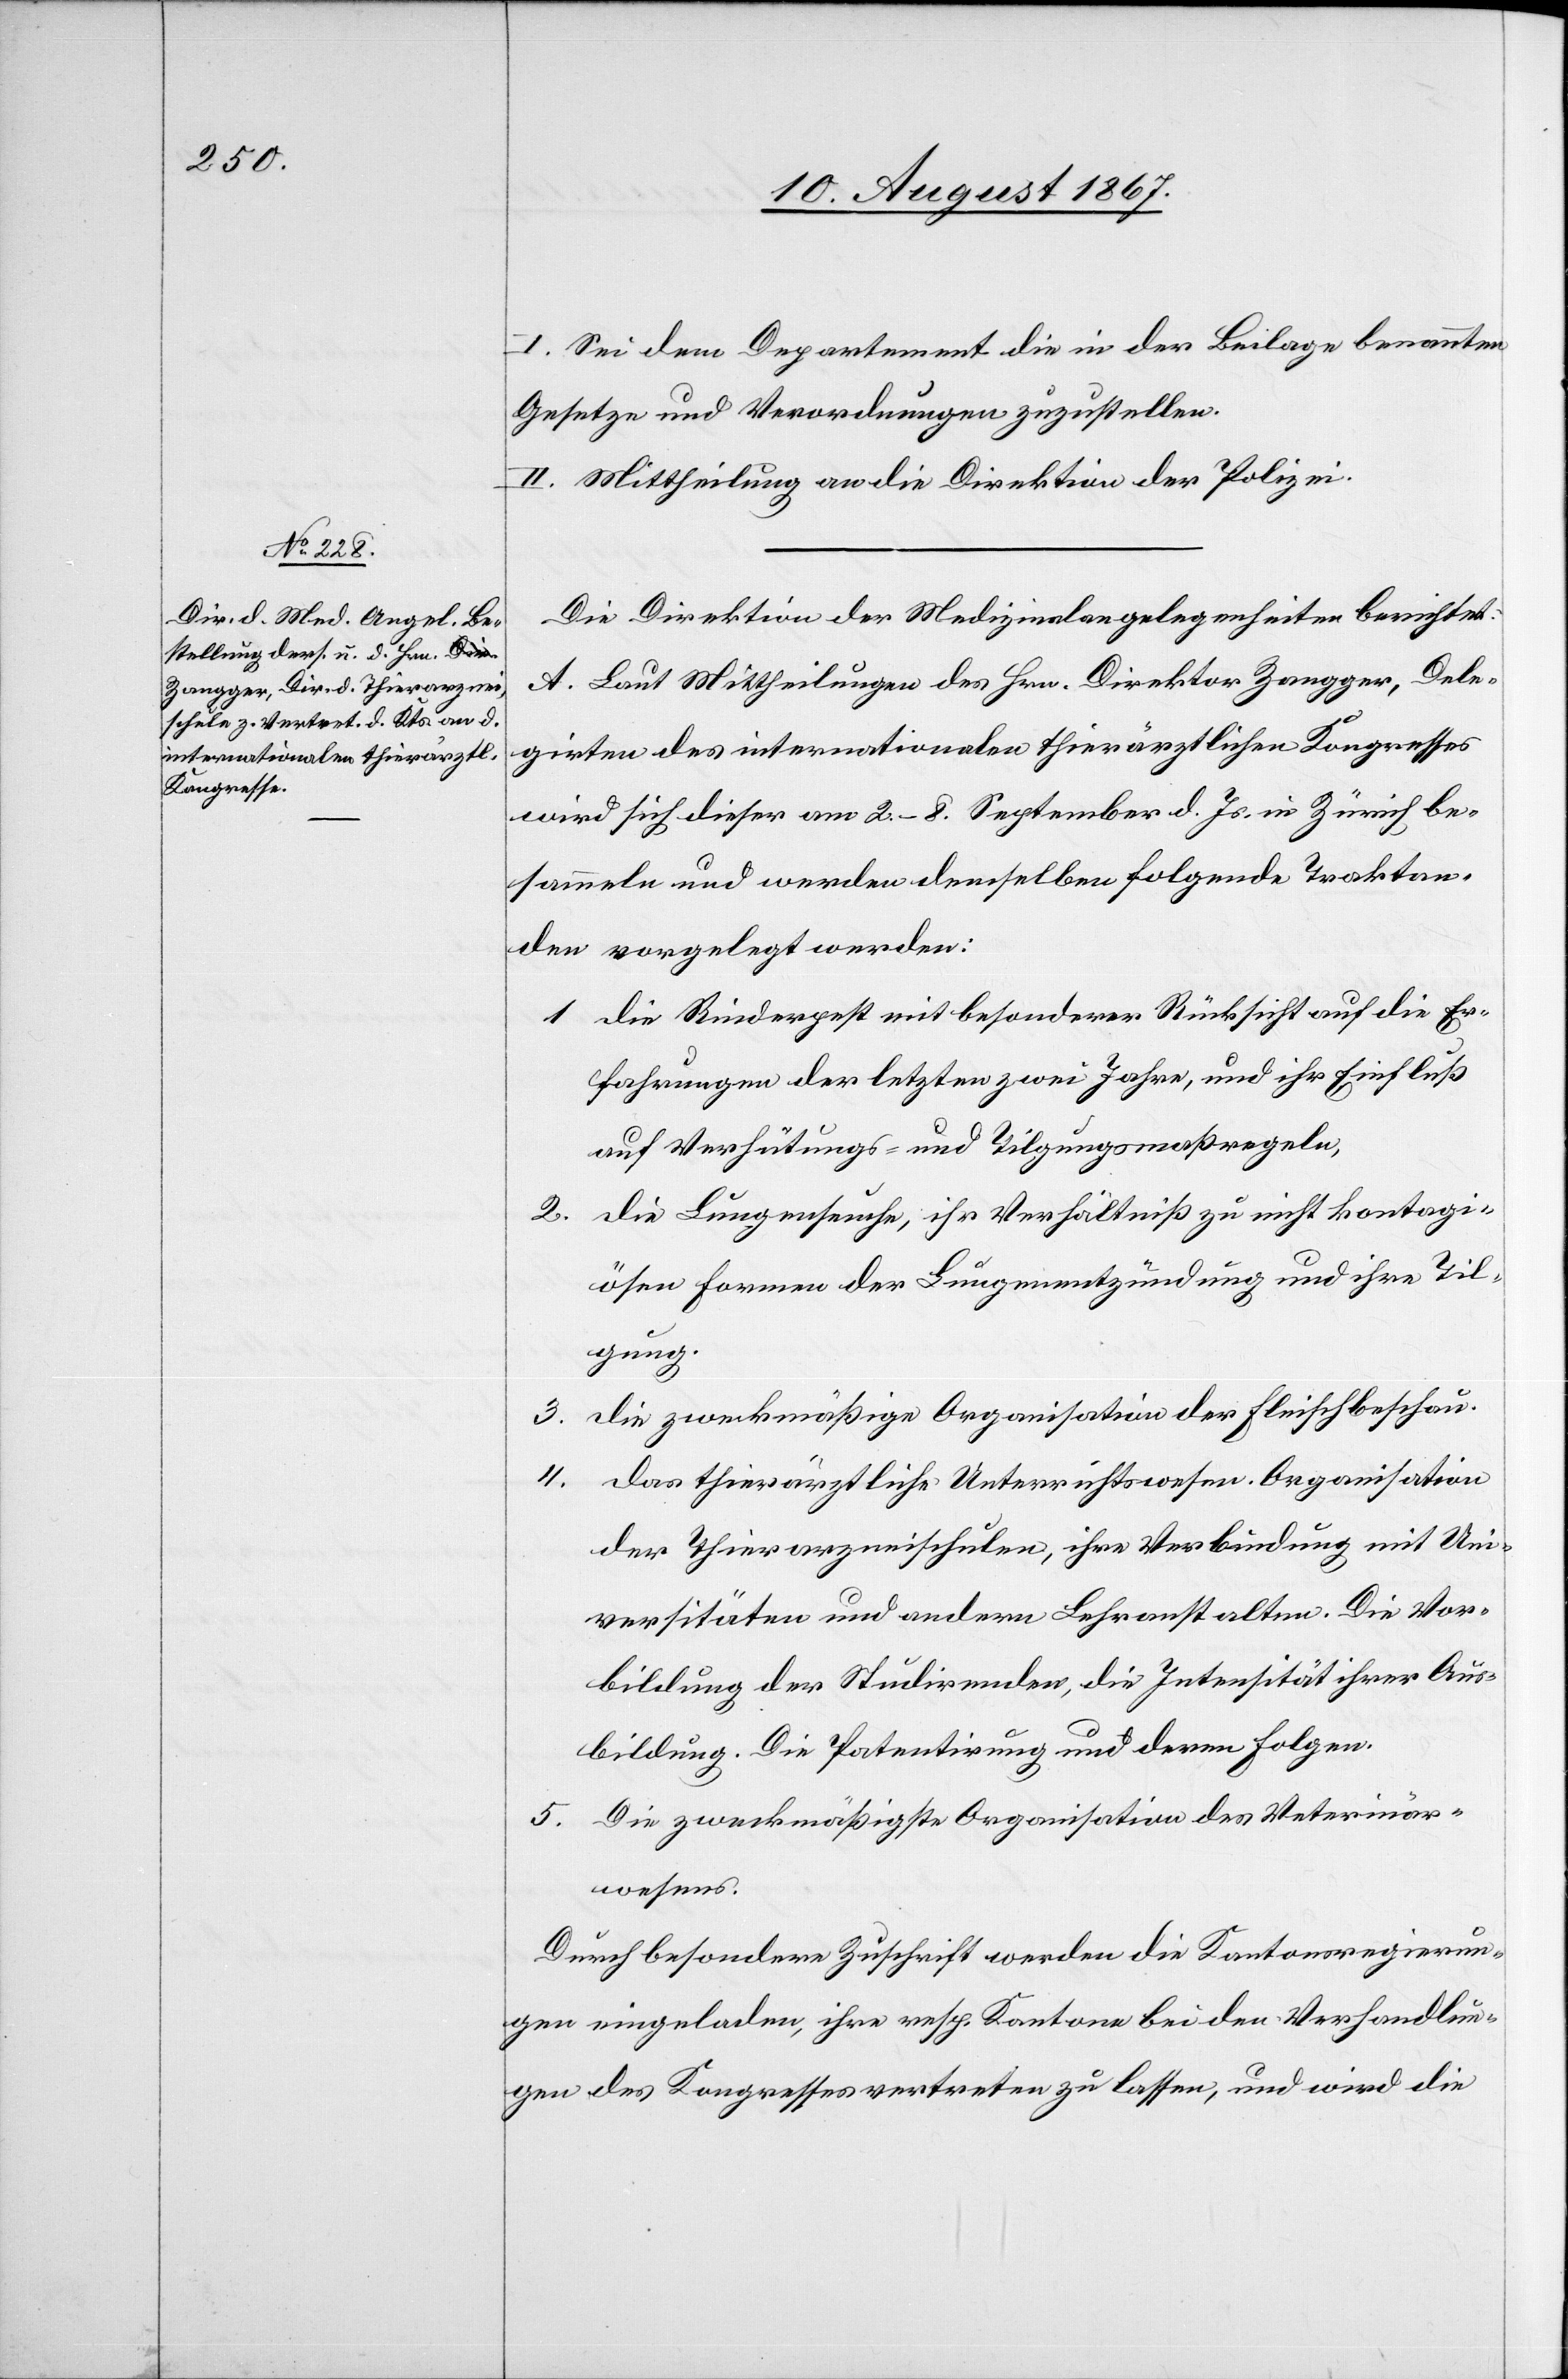
I. Sei[en] dem Departement die in der Beilage benannten
Gesetze und Verordnungen zuzustellen.
II. Mittheilung an die Direktion der Polizei.
Die Direktion der Medizinalangelegenheiten berichtet:
A. Laut Mittheilungen des Hrn. Direktor Zangger, Dele¬
girten des internationalen thierärztlichen Kongresses
wird sich dieser am 2.–8. September d. Js. in Zürich be¬
sammeln und werden demselben folgende Traktan¬
den vorgelegt werden:
1. die Rinderpest mit besonderer Rücksicht auf die Er¬
fahrungen der letzten zwei Jahre, und ihr Einfluß
auf Verhütungs- und Tilgungsmaßregeln.
2. die Lungenseuche, ihr Verhältniß zu nicht kontagi¬
ösen Formen der Lungenentzündung und ihre Til¬
gung.
3. die zweckmäßige Organisation der Fleischbeschau.
4. die thierärztliche Unterrichtswesen. Organisation
der Thierarzneischule, ihre Verbindung mit Uni¬
versitäten und andern Lehranstalten. Die Vor¬
bildung der Studirenden, die Intensität ihrer Aus¬
bildung. Die Patentirung und deren Folgen.
5. Die zweckmäßige Organisation des Veterinär¬
wesens.
Durch besondere Zuschrift werden die Kantonsregierun¬
gen eingeladen, ihre resp. Kantone bei den Verhandlun¬
gen des Kongresses vertreten zu lassen, und wird die